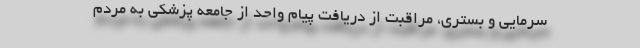
سرمایی و بستری، مراقبت از دریافت پیام واحد از جامعه پزشکی به مردم